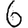
Digit: 6